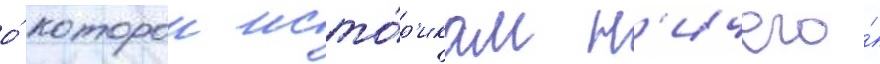
о́ которои исто́р'икам н'ичего́